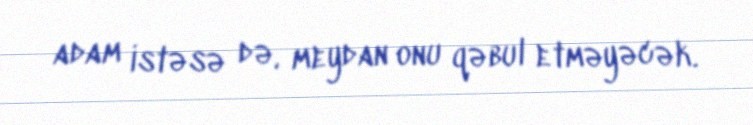
adam istəsə də, meydan onu qəbul etməyəcək.